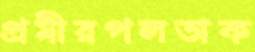
প্রমীরপলতাক